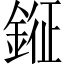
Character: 𨨨